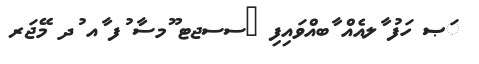
ަޞ ހަފު ާލއެއް ާބއްވައިފި 	ސސޖޓ ޫމސާ ުފ ާއ ުދ މޭޖަރ